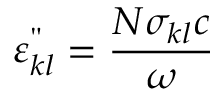
\varepsilon _ { k l } ^ { " } = { \frac { N \sigma _ { k l } c } { \omega } }